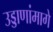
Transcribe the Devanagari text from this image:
उड्डाणांमागे